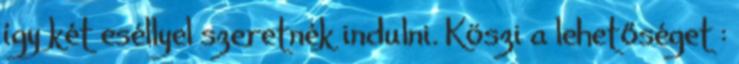
így két eséllyel szeretnék indulni. Köszi a lehetőséget :